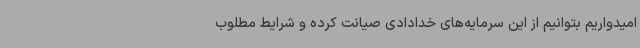
امیدواریم بتوانیم از این سرمایه‌های خدادادی صیانت کرده و شرایط مطلوب